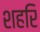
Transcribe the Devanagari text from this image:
शहरि